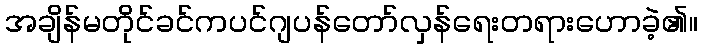
အချိန်မတိုင်ခင်ကပင်ဂျပန်တော်လှန်ရေးတရားဟောခဲ့၏။